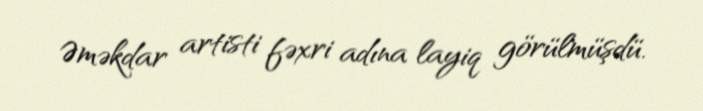
Əməkdar artisti fəxri adına layiq görülmüşdü.